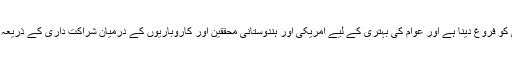
اس فنڈ کا مقصد مشترکہ طور پر تحقیق اور ترقی کو فروغ دینا ہے اور عوام کی بہتری کے لیے امریکی اور ہندوستانی محققین اور کاروباریوں کے درمیان شراکت داری کے ذریعہ تیار کردہ ٹیکنالوجی کاتجارتی استعمال کرنا ہے۔